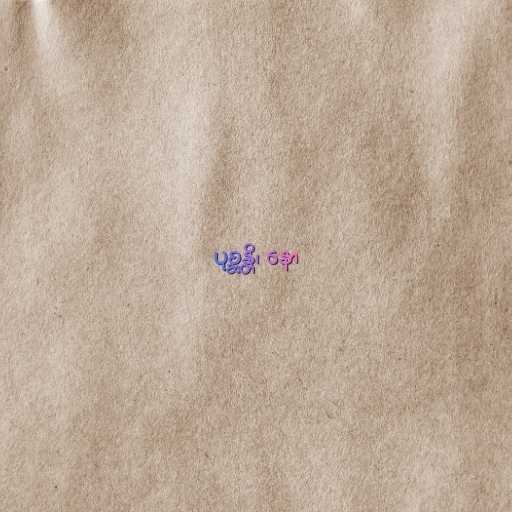
ပုစ္ဆန္တိ၊ နော